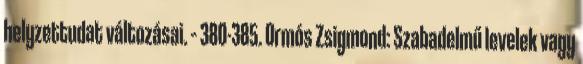
helyzettudat változásai. – 380-385. Ormós Zsigmond: Szabadelmű levelek vagy